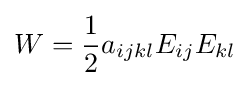
W={\frac {1}{2}}a_{ijkl}E_{ij}E_{kl}